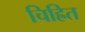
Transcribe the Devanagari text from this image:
चिह्रित